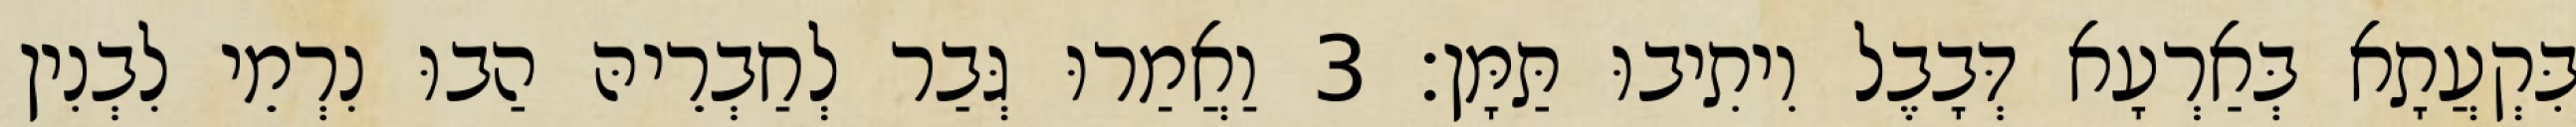
בִּקְעֲתָא בְּאַרְעָא דְּבָבֶל וִיתִיבוּ תַּמָּן׃ 3 וַאֲמַרוּ גְּבַר לְחַבְרֵיהּ הַבוּ נִרְמֵי לִבְנִין